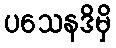
ပသေနဒိမှိ